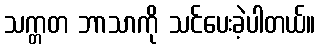
သက္တတ ဘာသာကို သင်ပေးခဲ့ပါတယ်။